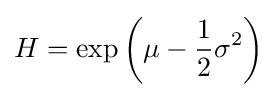
H=\exp \left(\mu -{\frac {1}{2}}\sigma ^{2}\right)